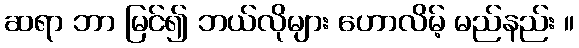
ဆရာ ဘာ မြင်၍ ဘယ်လိုများ ဟောလိမ့် မည်နည်း ။